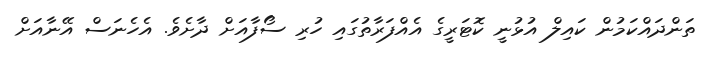
ތަންދައްކަމުން ކައިލް އުޅުނީ ކޮޓަރީގެ އެއްފަރާތުގައި ހުރި ސޯފާއަށް ދާށެވެ. އެހެނަސް އޭނާއަށް